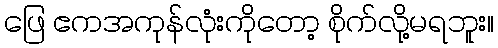
ဖြေ ဧကအကုန်လုံးကိုတော့ စိုက်လို့မရဘူး။